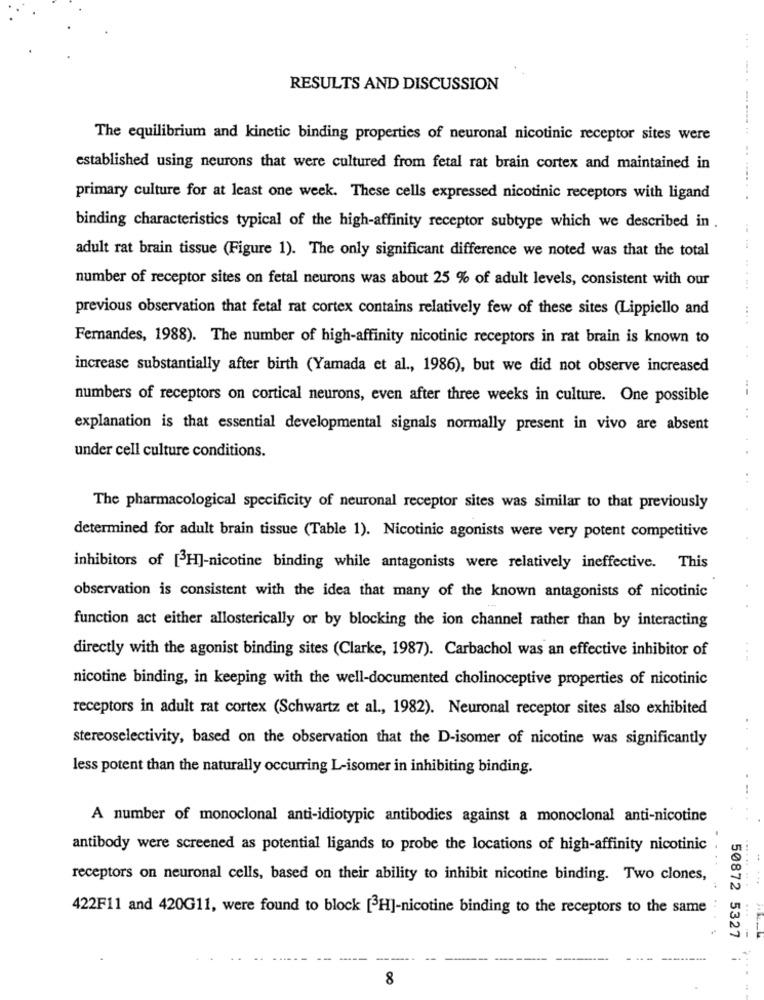
RESULTS AND DISCUSSION
The equilibrium and kinetic binding properties of neuronal nicotinic receptor sites were
...-.----
established using neurons that were cultured from fetal rat brain cortex and maintained in
primary culture for at least one week. These cells expressed nicotinic receptors with ligand
binding characteristics typical of the high-affinity receptor subtype which we described in .
adult rat brain tissue (Figure 1). The only significant difference we noted was that the total
number of receptor sites on fetal neurons was about 25 % of adult levels, consistent with our
.....
previous observation that fetal rat cortex contains relatively few of these sites (Lippiello and
Fernandes, 1988). The number of high-affinity nicotinic receptors in rat brain is known to
increase substantially after birth (Yamada et al ., 1986), but we did not observe increased
numbers of receptors on cortical neurons, even after three weeks in culture. One possible
explanation is that essential developmental signals normally present in vivo are absent
under cell culture conditions.
The pharmacological specificity of neuronal receptor sites was similar to that previously
determined for adult brain tissue (Table 1). Nicotinic agonists were very potent competitive
inhibitors of [ H]-nicotine binding while antagonists were relatively ineffective. This
observation is consistent with the idea that many of the known antagonists of nicotinic
function act either allosterically or by blocking the ion channel rather than by interacting
directly with the agonist binding sites (Clarke, 1987). Carbachol was an effective inhibitor of
nicotine binding, in keeping with the well-documented cholinoceptive properties of nicotinic
receptors in adult rat cortex (Schwartz et al ., 1982). Neuronal receptor sites also exhibited
stereoselectivity, based on the observation that the D-isomer of nicotine was significantly
less potent than the naturally occurring L-isomer in inhibiting binding.
A number of monoclonal anti-idiotypic antibodies against a monoclonal anti-nicotine
..
antibody were screened as potential ligands to probe the locations of high-affinity nicotinic
receptors on neuronal cells, based on their ability to inhibit nicotine binding. Two clones,
...
422F11 and 420G11, were found to block [3H]-nicotine binding to the receptors to the same
50872 5327
8